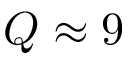
Q \approx 9